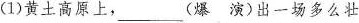
(1)黄土高原上，___（爆 演）出一场多么壮